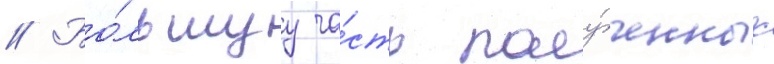
// Бо́льшуу ча́сть полу́ченных